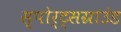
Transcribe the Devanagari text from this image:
स्पोर्ट्सग्राउंड